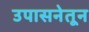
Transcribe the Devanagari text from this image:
उपासनेतून